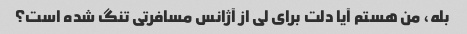
بله، من هستم آیا دلت برای لی از آژانس مسافرتی تنگ شده است؟